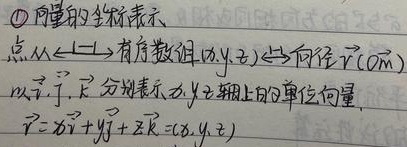
\textcircled{1} 向量的坐标表示
点\(\longleftrightarrow\)有序数组\((x,y,z)\)\(\longleftrightarrow\)向径\(\vec{r}(\overrightarrow{OM})\)
以\(\vec{i},\vec{j},\vec{k}\)分别表示\(x,y,z\)轴上的单位向量.
\(\vec{r}=x\vec{i} + y\vec{j}+z\vec{k}=(x,y,z)\)